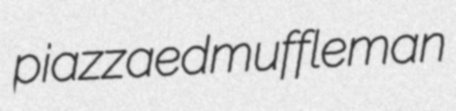
piazzaed muffleman